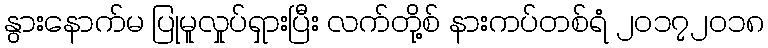
နွားနောက်မ ပြုမူလှုပ်ရှားပြီး လက်တို့စ် နားကပ်တစ်ရံ ၂၀၁၇၂၀၁၈